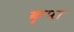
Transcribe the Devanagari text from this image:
कॄपा